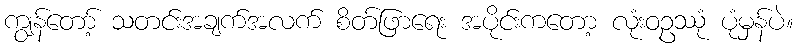
ကျွန်တော့် သတင်းအချက်အလက် စိတ်ဖြာရေး အပိုင်းကတော့ လုံးဝဥဿုံ ပုံမှန်ပဲ။